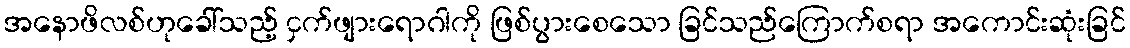
အနောဖိလစ်ဟုခေါ်သည့် ငှက်ဖျားရောဂါကို ဖြစ်ပွားစေသော ခြင်သည်ကြောက်စရာ အကောင်းဆုံးခြင်